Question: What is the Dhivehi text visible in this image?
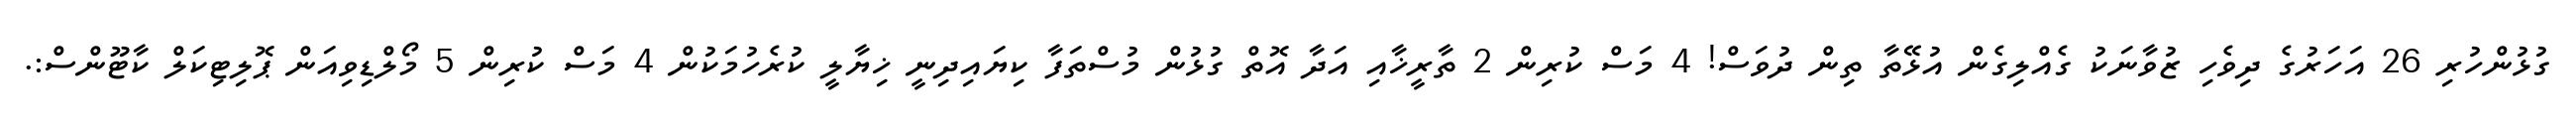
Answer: ގުޅުންހުރި 26 އަހަރުގެ ދިވެހި ޒުވާނަކު ގެއްލިގެން އުޅޭތާ ތިން ދުވަސް! 4 މަސް ކުރިން 2 ތާރީޚާއި އަދާ އޮތް ގުޅުން މުސްތަފާ ކިޔައިދިނީ ޚިޔާލީ ކުރެހުމަކުން 4 މަސް ކުރިން 5 މޯލްޑިވިއަން ޕޮލިޓިކަލް ކާޓޫންސް:.